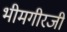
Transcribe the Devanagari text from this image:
भीमगीरजी